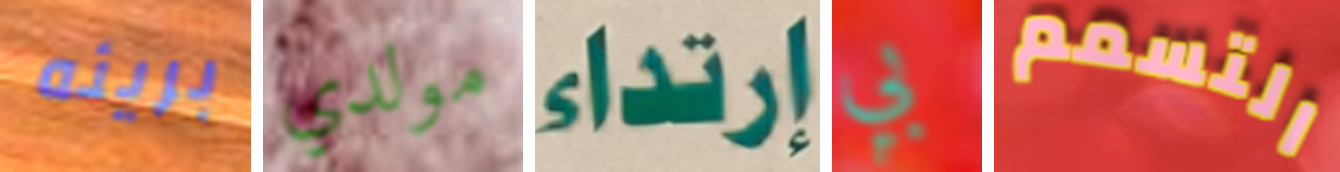
بريئه مولدي إرتداء بي التسمم